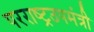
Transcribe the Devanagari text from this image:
परराष्ट्रउपमंत्री